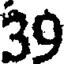
39